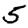
Digit: 5